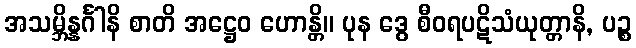
အသမ္ဘိန္နင်္ဂါနိ စာတိ အဋ္ဌေဝ ဟောန္တိ။ ပုန ဒွေ စီဝရပဋိသံယုတ္တာနိ, ပဉ္စ